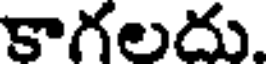
కాగలదు.